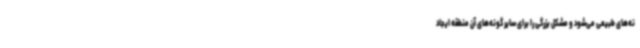
نه‌های طبیعی می‌شود و مشکل بزرگی را برای سایر گونه‌های آن منطقه ایجاد